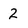
Character: 2